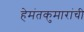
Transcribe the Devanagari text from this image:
हेमंतकुमारांची